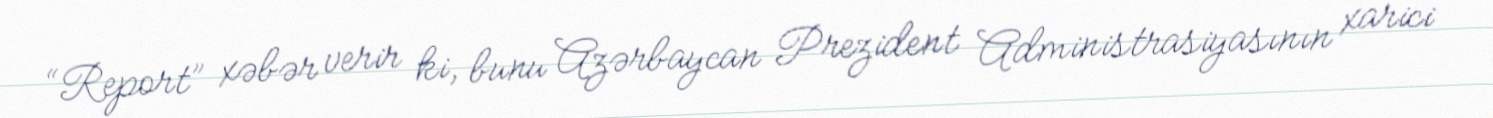
“Report” xəbər verir ki, bunu Azərbaycan Prezident Administrasiyasının xarici